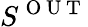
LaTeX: S^{\mathrm{~O~U~T~}}